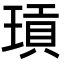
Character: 𭹫